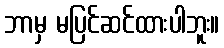
ဘာမှ မပြင်ဆင်ထားပါဘူး။